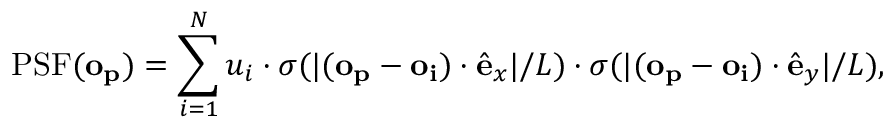
\mathrm { P S F } ( \mathbf { o _ { p } } ) = \sum _ { i = 1 } ^ { N } u _ { i } \cdot \sigma ( | ( \mathbf { o _ { p } } - \mathbf { o _ { i } } ) \cdot \hat { \mathbf { e } } _ { x } | / L ) \cdot \sigma ( | ( \mathbf { o _ { p } } - \mathbf { o _ { i } } ) \cdot \hat { \mathbf { e } } _ { y } | / L ) ,